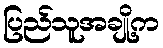
ပြည်သူအချို့က